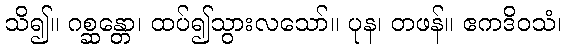
သိ၍။ ဂစ္ဆန္တော၊ ထပ်၍သွားလသော်။ ပုန၊ တဖန်။ ဧကဒိဝသံ၊